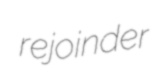
rejoinder